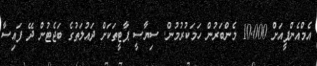
އެމްއެންޕީއަށް 10